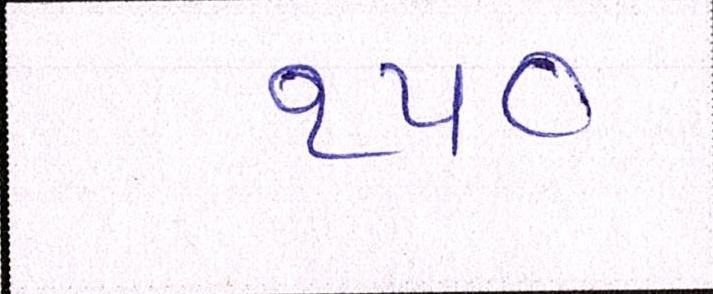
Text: ૧૫૦